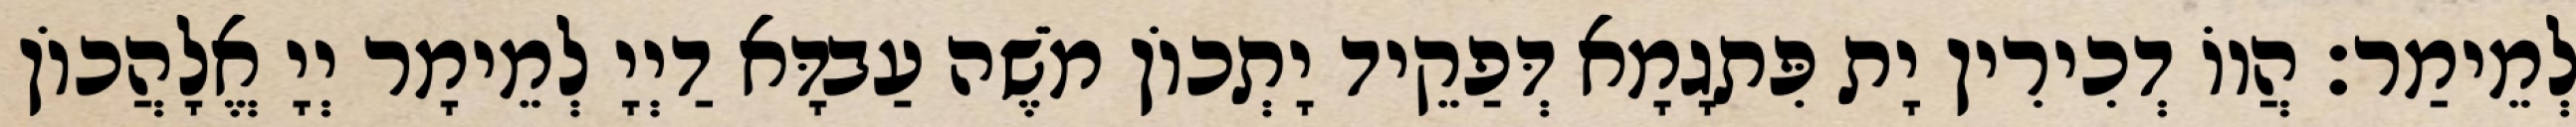
לְמֵימַר׃ הֲווֹ דְכִירִין יָת פִּתגָמָא דְּפַקֵיד יָתְכוֹן מֹשֶׁה עַבדָּא דַיְיָ לְמֵימָר יְיָ אֱלָהֲכוֹן